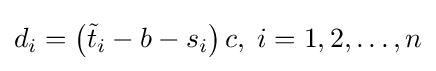
d_{i}=\left({\tilde {t}}_{i}-b-s_{i}\right)c,\;i=1,2,\dots ,n